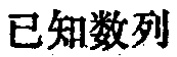
已知数列